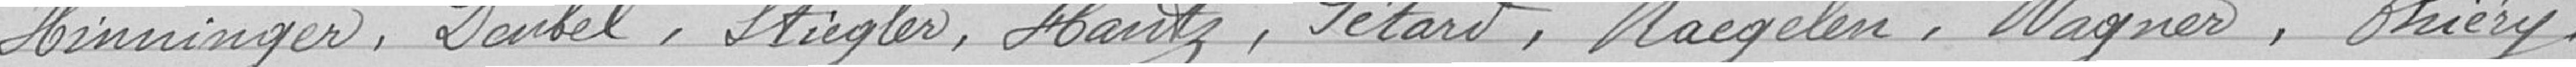
Hinninger, Daubel, Stiegler, Hantz, Pétard, Naegelen, Wagner, Thiéry